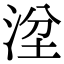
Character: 𣴞